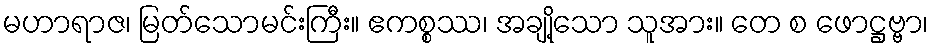
မဟာရာဇ၊ မြတ်သောမင်းကြီး။ ဧကစ္စဿ၊ အချို့သော သူအား။ တေ စ ဖောဋ္ဌဗ္ဗာ၊